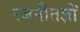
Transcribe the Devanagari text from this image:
रजनीतज्ञों